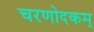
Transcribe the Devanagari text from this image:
चरणोदकम्